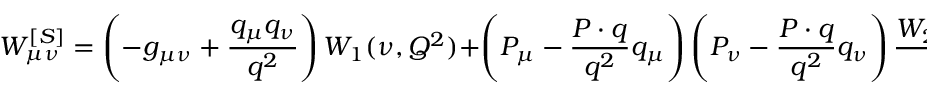
W _ { \mu \nu } ^ { [ S ] } = \left( - g _ { \mu \nu } + \frac { q _ { \mu } q _ { \nu } } { q ^ { 2 } } \right) W _ { 1 } ( \nu , Q ^ { 2 } ) + \left( P _ { \mu } - \frac { P \cdot q } { q ^ { 2 } } q _ { \mu } \right) \left( P _ { \nu } - \frac { P \cdot q } { q ^ { 2 } } q _ { \nu } \right) \frac { W _ { 2 } ( \nu , Q ^ { 2 } ) } { m _ { p } ^ { 2 } } ,